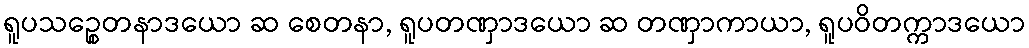
ရူပသဉ္စေတနာဒယော ဆ စေတနာ, ရူပတဏှာဒယော ဆ တဏှာကာယာ, ရူပဝိတက္ကာဒယော